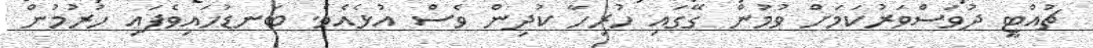
ޗުއްޓީ ދުވަސްވަރުކަމަށް ވުމުން ގޭގައި ހުރިހާ ކުދިން ވެސް އުޅެއެވެ. ބަނޑުހައިވެފައި ހުރުމުން